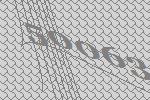
50063